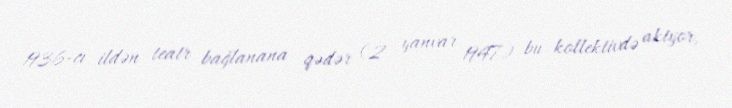
1936-cı ildən teatr bağlanana qədər (2 yanvar 1947) bu kollektivdə aktyor,